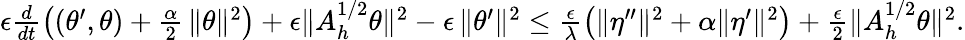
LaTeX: \begin{array}{r}{\epsilon\frac{d}{dt}\left((\theta^{\prime},\theta)+\frac{\alpha}{2}\, \| \theta\| ^{2}\right)+\epsilon\| A_{h}^{1/2}\theta\| ^{2}-\epsilon\, \| \theta^{\prime}\| ^{2}\leq\frac{\epsilon}{\lambda}\left(\| \eta^{\prime\prime}\| ^{2}+\alpha\| \eta^{\prime}\| ^{2}\right)+\frac{\epsilon}{2}\| A_{h}^{1/2}\theta\| ^{2}.}\end{array}